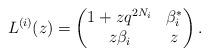
LaTeX: \begin{align*}L^{(i)}(z)=\begin{pmatrix} 1+zq^{2N_{i}} & \beta_{i}^{*} \\ z\beta_{i} & z \end{pmatrix}. \end{align*}